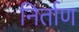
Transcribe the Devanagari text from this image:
निर्ताण